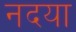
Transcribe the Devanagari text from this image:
नदया